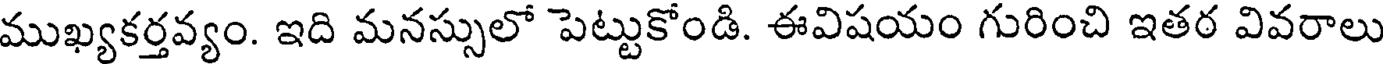
ముఖ్యకర్తవ్యం. ఇది మనస్సులో పెట్టుకోండి. ఈవిషయం గురించి ఇతర వివరాలు